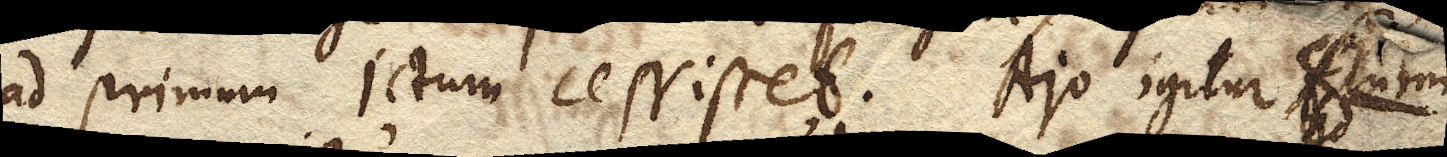
ad primum ictum cessisset. Ajo igitur flum